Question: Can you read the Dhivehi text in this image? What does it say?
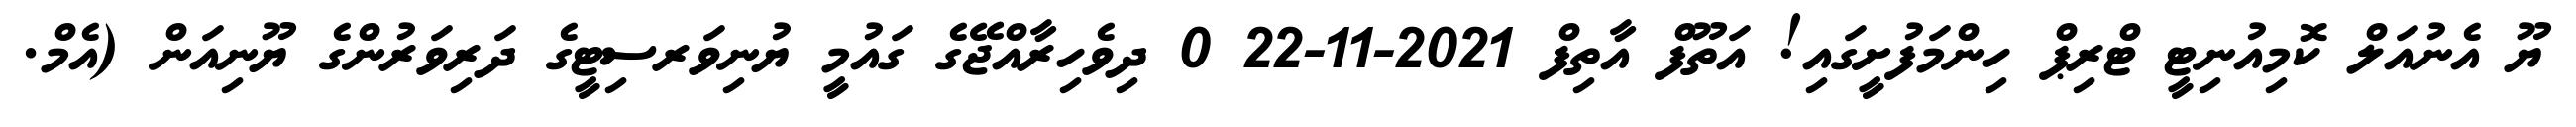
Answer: ޔޫ އެނުއަލް ކޮމިއުނިޓީ ޓްރިޕް ހިންމަފުށީގައި! އަތޫފް އާތިފް 2021-11-22 0 ދިވެހިރާއްޖޭގެ ގައުމީ ޔުނިވަރސިޓީގެ ދަރިވަރުންގެ ޔޫނިއަން (އެމް.